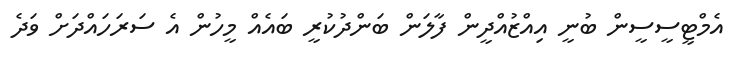
އެމްޓީސީސީން ބުނީ އިއްޒުއްދީން ފާލަން ބަންދުކުރީ ބައެއް މީހުން އެ ސަރަހައްދަށް ވަދެ